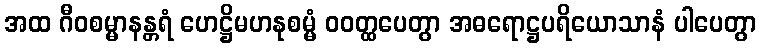
အထ ဂီဝစမ္မာနန္တရံ ဟေဋ္ဌိမဟနုစမ္မံ ဝဝတ္ထပေတွာ အဓရောဋ္ဌပရိယောသာနံ ပါပေတွာ